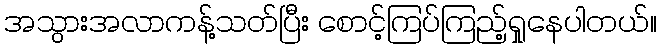
အသွားအလာကန့်သတ်ပြီး စောင့်ကြပ်ကြည့်ရှုနေပါတယ်။